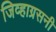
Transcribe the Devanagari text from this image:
जिव्हाग्रसनी